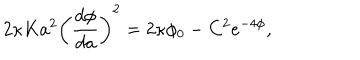
2 \kappa K a ^ { 2 } \left( \frac { d \phi } { d a } \right) ^ { 2 } = 2 \kappa \phi _ { 0 } - C ^ { 2 } e ^ { - 4 \phi } ,